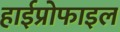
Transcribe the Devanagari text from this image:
हाईप्रोफाइल